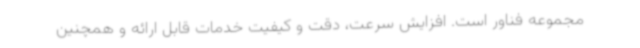
مجموعه فناور است. افزایش سرعت، دقت و کیفیت خدمات قابل ارائه و همچنین